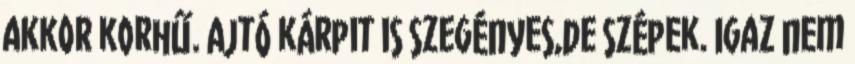
akkor korhű. Ajtó kárpit is szegényes,de szépek. Igaz nem